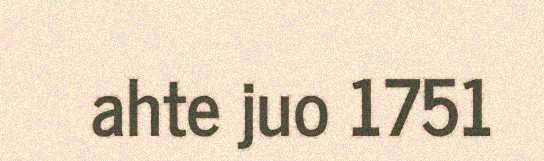
ahte juo 1751